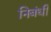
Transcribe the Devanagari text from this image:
निबंधी